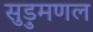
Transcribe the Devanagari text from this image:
सुड़ुमणल